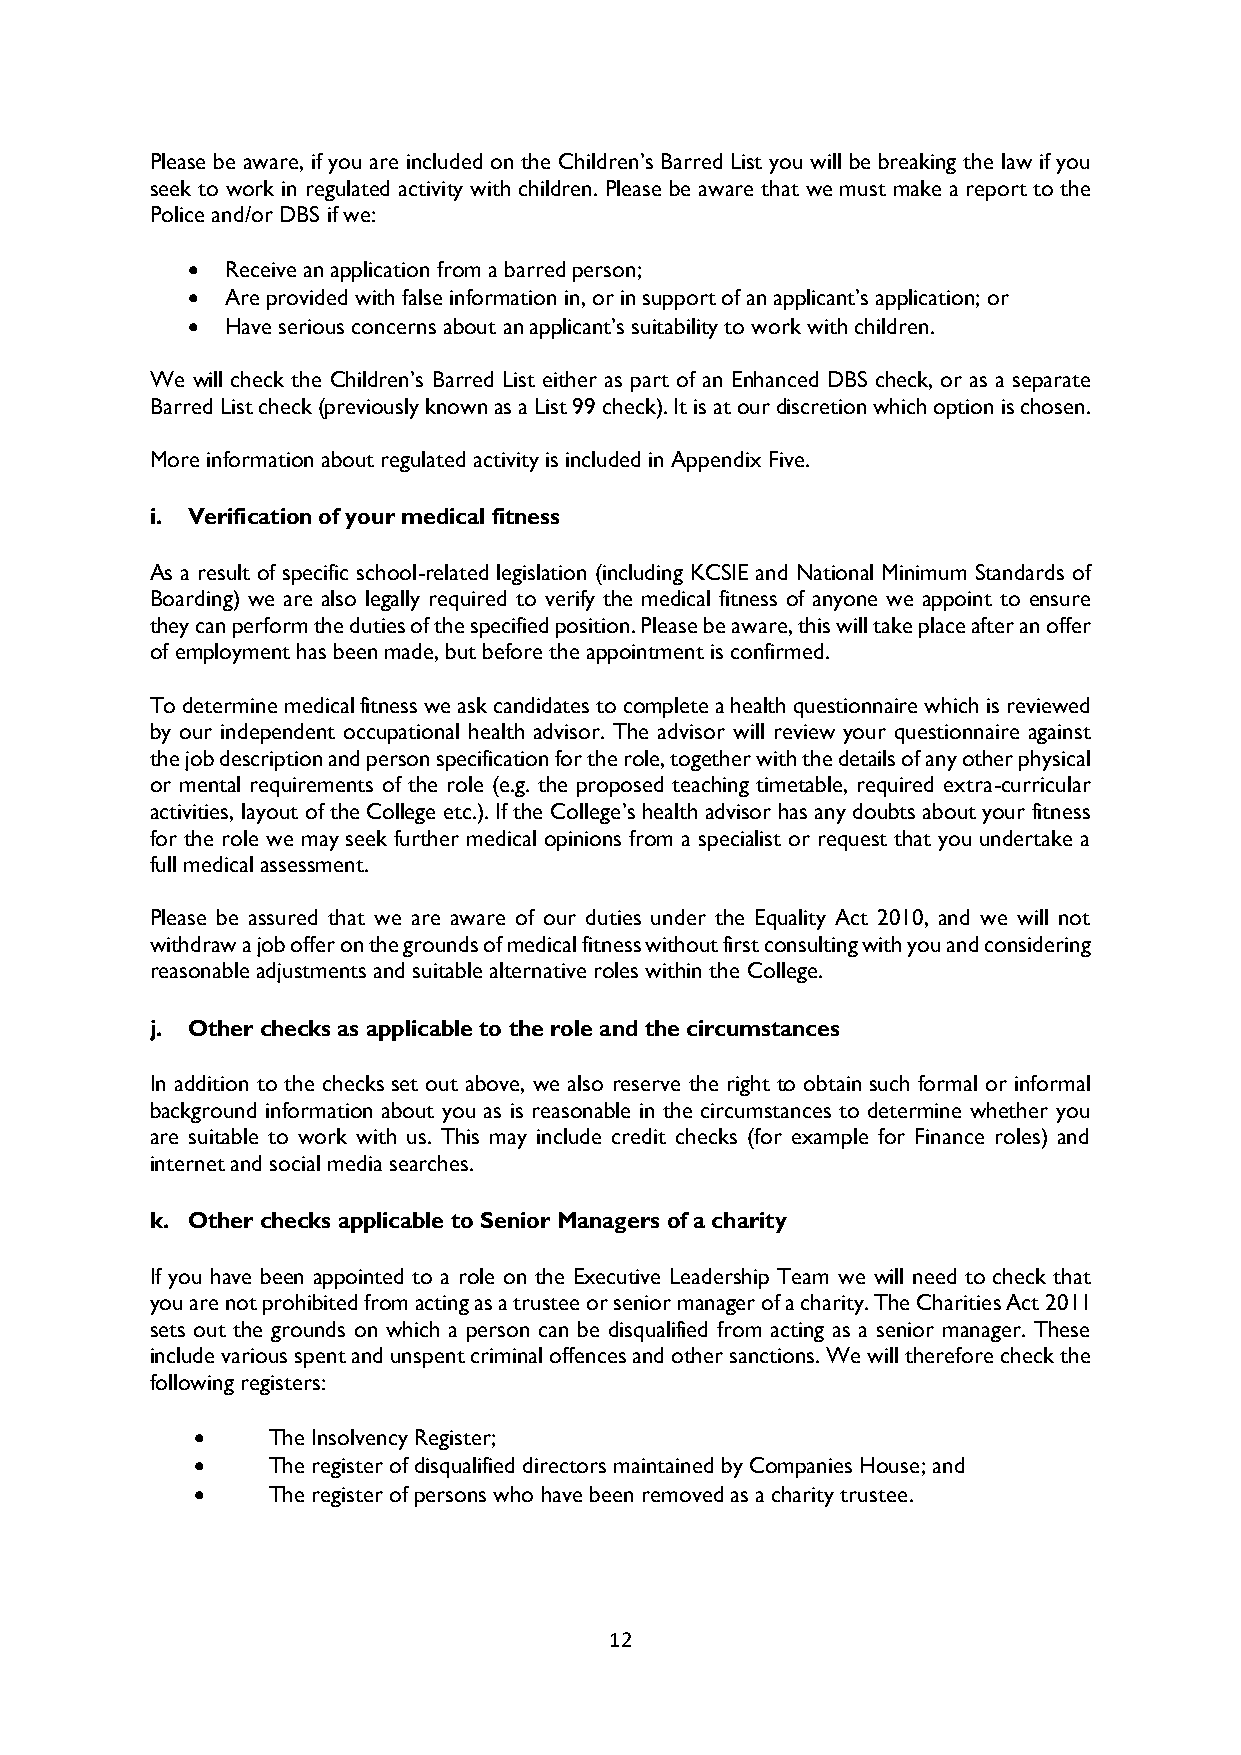
Please be aware, if you are included on the Children’s Barred List you will be breaking the law if you
 seek to work in regulated activity with children. Please be aware that we must make a report to the
 Police and/or DBS if we:
   Receive an application from a barred person;
   Are provided with false information in, or in support of an applicant’s application; or
   Have serious concerns about an applicant’s suitability to work with children.
 We will check the Children’s Barred List either as part of an Enhanced DBS check, or as a separate
 Barred List check (previously known as a List 99 check). It is at our discretion which option is chosen.
 More information about regulated activity is included in Appendix Five.
 i. Verification of your medical fitness
 As a result of specific school-related legislation (including KCSIE and National Minimum Standards of
 Boarding) we are also legally required to verify the medical fitness of anyone we appoint to ensure
 they can perform the duties of the specified position. Please be aware, this will take place after an offer
 of employment has been made, but before the appointment is confirmed.
 To determine medical fitness we ask candidates to complete a health questionnaire which is reviewed
 by our independent occupational health advisor. The advisor will review your questionnaire against
 the job description and person specification for the role, together with the details of any other physical
 or mental requirements of the role (e.g. the proposed teaching timetable, required extra-curricular
 activities, layout of the College etc.). If the College’s health advisor has any doubts about your fitness
 for the role we may seek further medical opinions from a specialist or request that you undertake a
 full medical assessment.
 Please be assured that we are aware of our duties under the Equality Act 2010, and we will not
 withdraw a job offer on the grounds of medical fitness without first consulting with you and considering
 reasonable adjustments and suitable alternative roles within the College.
 j. Other checks as applicable to the role and the circumstances
 In addition to the checks set out above, we also reserve the right to obtain such formal or informal
 background information about you as is reasonable in the circumstances to determine whether you
 are suitable to work with us. This may include credit checks (for example for Finance roles) and
 internet and social media searches.
 k. Other checks applicable to Senior Managers of a charity
 If you have been appointed to a role on the Executive Leadership Team we will need to check that
 you are not prohibited from acting as a trustee or senior manager of a charity. The Charities Act 2011
 sets out the grounds on which a person can be disqualified from acting as a senior manager. These
 include various spent and unspent criminal offences and other sanctions. We will therefore check the
 following registers:
     The Insolvency Register;
     The register of disqualified directors maintained by Companies House; and
     The register of persons who have been removed as a charity trustee.
 12